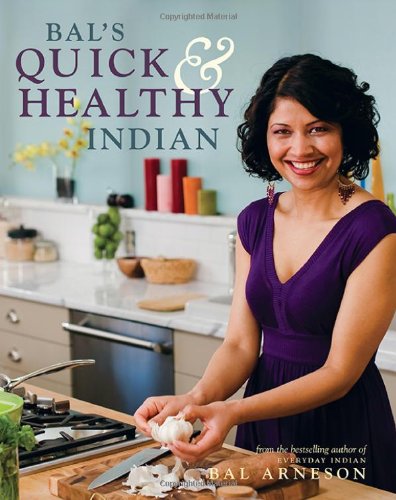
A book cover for Bal's Quick and Healthy Indian; Bal Arneson; Cookbooks, Food & Wine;